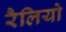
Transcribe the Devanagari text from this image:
रैलियो